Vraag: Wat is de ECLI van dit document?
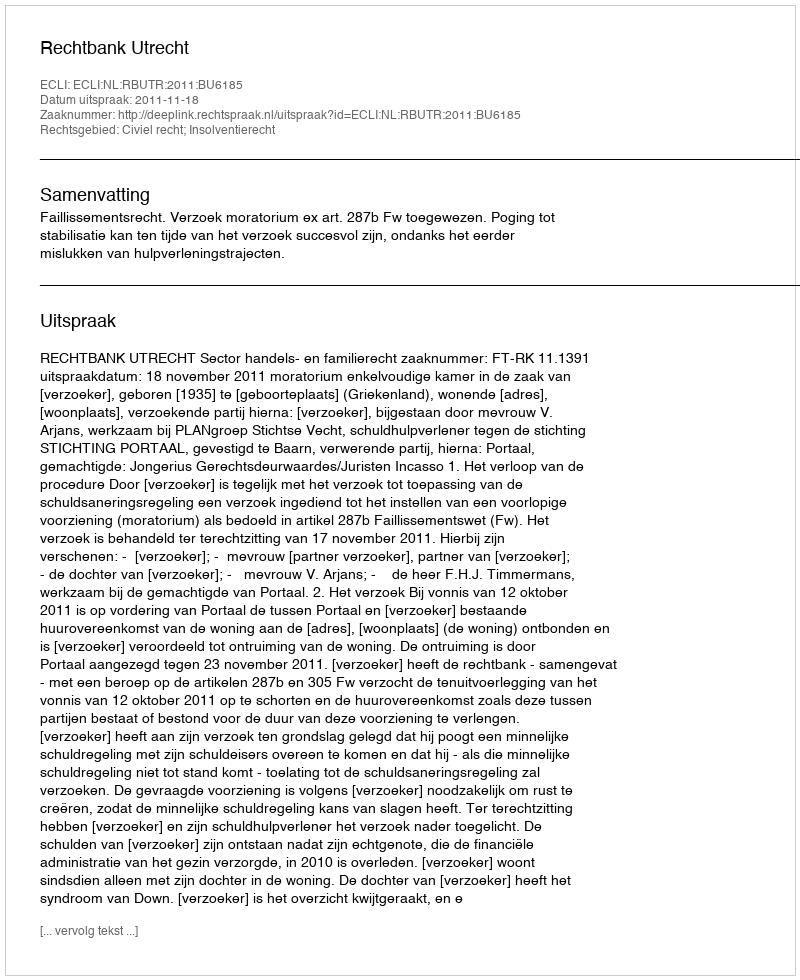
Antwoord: ECLI:NL:RBUTR:2011:BU6185